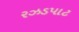
રઝડપાટ